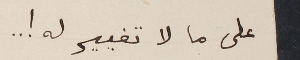
على ما لا تغيير له ! ..